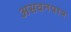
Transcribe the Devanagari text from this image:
असवनपात्र